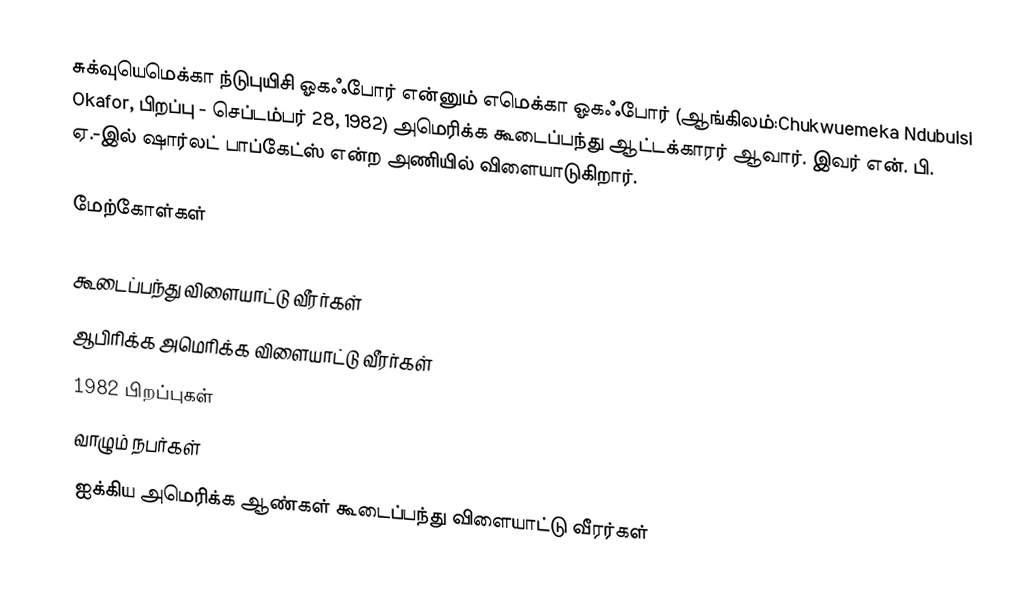
சுக்வுயெமெக்கா ந்டுபுயிசி ஓகஃபோர் என்னும் எமெக்கா ஓகஃபோர் (ஆங்கிலம்:Chukwuemeka Ndubuisi Okafor, பிறப்பு - செப்டம்பர் 28, 1982) அமெரிக்க கூடைப்பந்து ஆட்டக்காரர் ஆவார். இவர் என். பி. ஏ.-இல் ஷார்லட் பாப்கேட்ஸ் என்ற அணியில் விளையாடுகிறார்.

மேற்கோள்கள்

கூடைப்பந்து விளையாட்டு வீரர்கள்
ஆபிரிக்க அமெரிக்க விளையாட்டு வீரர்கள்
1982 பிறப்புகள்
வாழும் நபர்கள்
ஐக்கிய அமெரிக்க ஆண்கள் கூடைப்பந்து விளையாட்டு வீரர்கள்